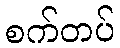
စက်တပ်